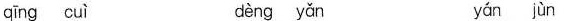
qīng cuì dèng yǎn yán jùn